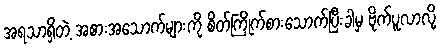
အရသာရှိတဲ့ အစားအသောက်များကို စိတ်ကြိုက်စားသောက်ပြီးခါမှ ဗိုက်ပူလာလို့